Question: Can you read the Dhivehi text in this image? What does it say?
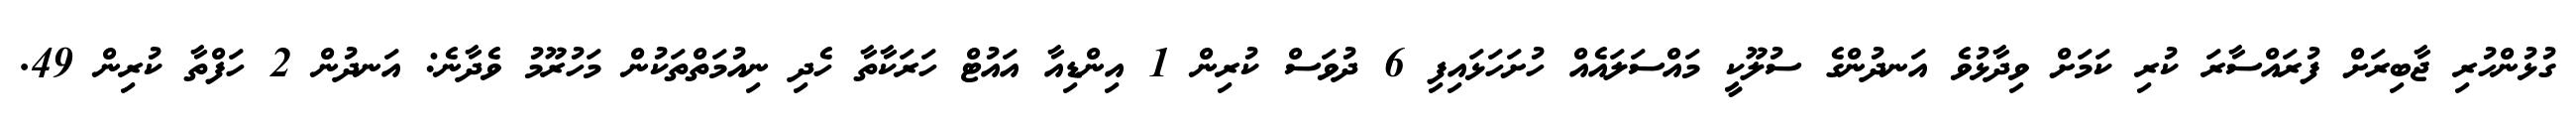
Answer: ގުޅުންހުރި ޖާބިރަށް ފުރައްސާރަ ކުރި ކަމަށް ވިދާޅުވެ އަނދުންގެ ސުލޫކީ މައްސަލައެއް ހުށަހަޅައިފި 6 ދުވަސް ކުރިން 1 އިންޑިއާ އައުޓް ހަރަކާތާ ހެދި ނިއުމަތްތަކުން މަހުރޫމު ވެދާނެ: އަނދުން 2 ހަފްތާ ކުރިން 49.